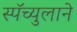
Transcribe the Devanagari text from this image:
स्पॅच्युलाने